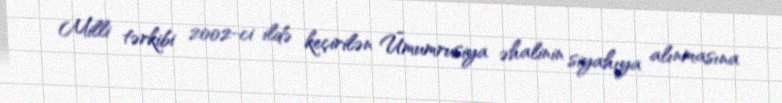
Milli tərkibi 2002-ci ildə keçirilən Ümumrusiya əhalinin siyahıya alınmasına